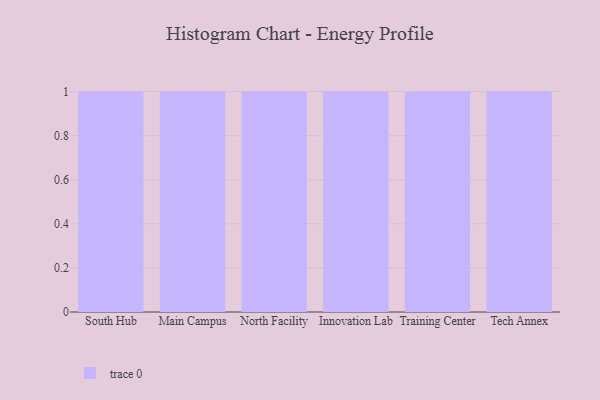
{"axis": {"x": "Campus", "y": "Bounce Rate (%)"}, "legend": [""], "data": [{"x": "South Hub", "y": 96, "type": ""}, {"x": "Main Campus", "y": 37, "type": ""}, {"x": "North Facility", "y": 47, "type": ""}, {"x": "Innovation Lab", "y": 34, "type": ""}, {"x": "Training Center", "y": 26, "type": ""}, {"x": "Tech Annex", "y": 71, "type": ""}]}